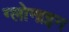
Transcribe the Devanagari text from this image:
ग्लोनाइन